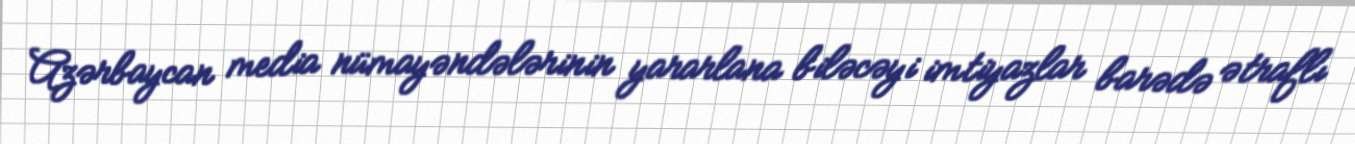
Azərbaycan media nümayəndələrinin yararlana biləcəyi imtiyazlar barədə ətraflı